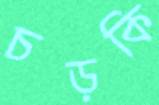
চড়কি